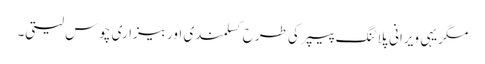
مگریہی ویرانی پلاٹنگ پیپر کی طرح کسلمندی اور بیزاری چوس لیتی۔